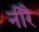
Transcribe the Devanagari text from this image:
नीरै